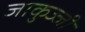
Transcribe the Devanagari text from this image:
जाकुज्जी